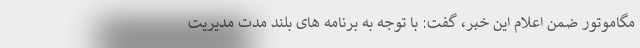
مگاموتور ضمن اعلام این خبر، گفت: با توجه به برنامه های بلند مدت مدیریت